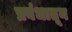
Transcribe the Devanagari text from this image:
प्रबंधातून